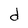
Character: d